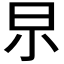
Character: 𣌢